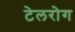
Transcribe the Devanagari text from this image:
टेलरोग